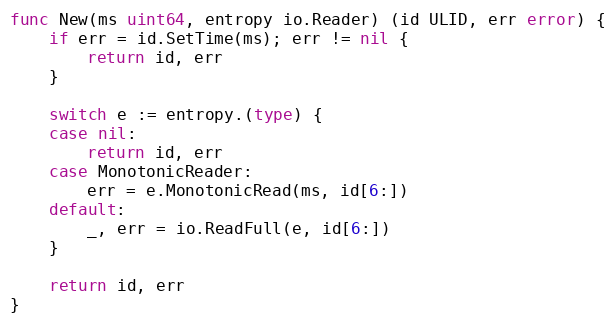
Language: Go
func New(ms uint64, entropy io.Reader) (id ULID, err error) {
	if err = id.SetTime(ms); err != nil {
		return id, err
	}

	switch e := entropy.(type) {
	case nil:
		return id, err
	case MonotonicReader:
		err = e.MonotonicRead(ms, id[6:])
	default:
		_, err = io.ReadFull(e, id[6:])
	}

	return id, err
}